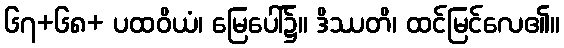
၆၇+၆၈+ ပထဝိယံ၊ မြေပေါ်၌။ ဒိဿတိ၊ ထင်မြင်လေ၏။